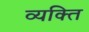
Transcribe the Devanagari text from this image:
व्‍यक्त्‍िा